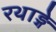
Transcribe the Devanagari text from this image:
रथाङ्गे